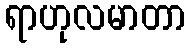
ရာဟုလမာတာ